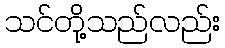
သင်တို့သည်လည်း